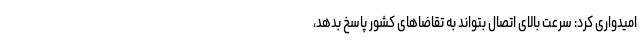
امیدواری کرد:‌ سرعت بالای اتصال بتواند به تقاضاهای کشور پاسخ بدهد،